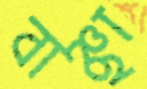
বাঞ্ছা